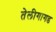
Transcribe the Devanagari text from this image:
तेलीगागड